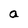
Character: a